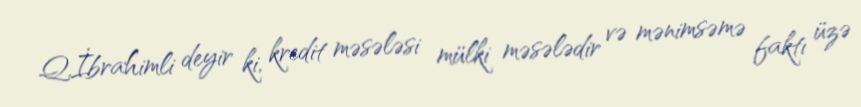
Q.İbrahimli deyir ki, kredit məsələsi mülki məsələdir və mənimsəmə faktı üzə